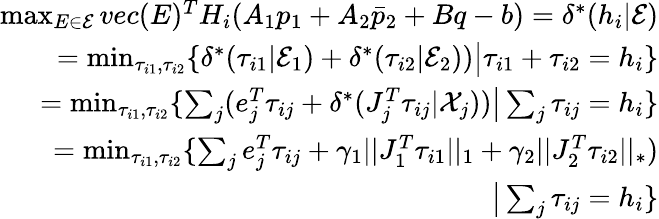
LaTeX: \begin{array}{r}{\operatorname*{max}_{E\in\mathcal{E}}{vec(E)^{T}H_{i}(A_{1}p_{1}+A_{2}\bar{p}_{2}+Bq-b)}=\delta^{*}(h_{i}|\mathcal{E})}\\ {=\operatorname*{min}_{\tau_{i1},\tau_{i2}}\{ \delta^{*}(\tau_{i1}|\mathcal{E}_{1})+\delta^{*}(\tau_{i2}|\mathcal{E}_{2}))\big|\tau_{i1}+\tau_{i2}=h_{i}\} }\\ {=\operatorname*{min}_{\tau_{i1},\tau_{i2}}\{ \sum_{j}(e_{j}^{T}\tau_{ij}+\delta^{*}(J_{j}^{T}\tau_{ij}|\mathcal{X}_{j}))\big|\sum_{j}\tau_{ij}=h_{i}\} }\\ {=\operatorname*{min}_{\tau_{i1},\tau_{i2}}\{ \sum_{j}e_{j}^{T}\tau_{ij}+\gamma_{1}||J_{1}^{T}\tau_{i1}||_{1}+\gamma_{2}||J_{2}^{T}\tau_{i2}||_{*})}\\ {\big|\sum_{j}\tau_{ij}=h_{i}\} }\end{array}